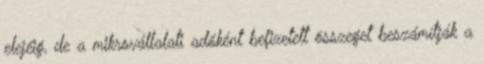
elejéig, de a mikrovállalati adóként befizetett összeget beszámítják a